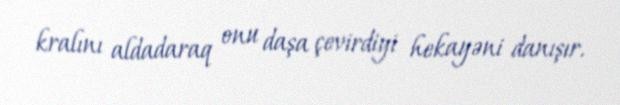
kralını aldadaraq onu daşa çevirdiyi hekayəni danışır.